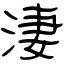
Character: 淒